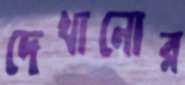
দেখানোর